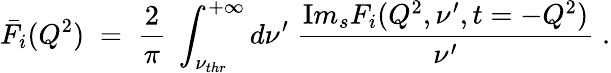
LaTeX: \bar{F}_{i}(Q^{2})\; =\; {\frac{2}{\pi}}\; \int_{\nu_{thr}}^{+\infty}d\nu^{\prime}\; {\frac{{\mathrm Im}_{s}F_{i}(Q^{2},\nu^{\prime},t=-Q^{2})}{\nu^{\prime}}}\; .